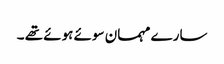
سارے مہمان سوئے ہوئے تھے ۔